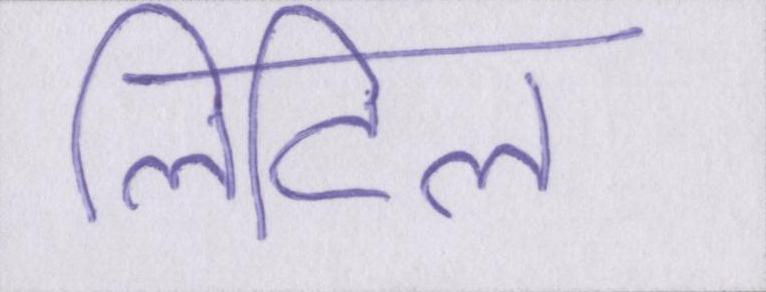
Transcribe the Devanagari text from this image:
लिटिल